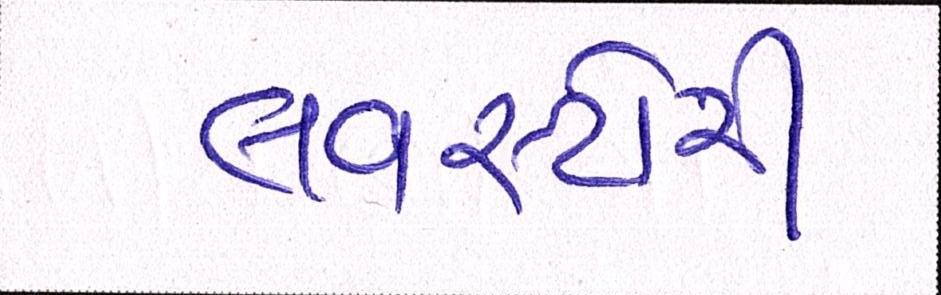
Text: લવસ્ટોરી